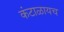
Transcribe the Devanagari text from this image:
कंटाळायच